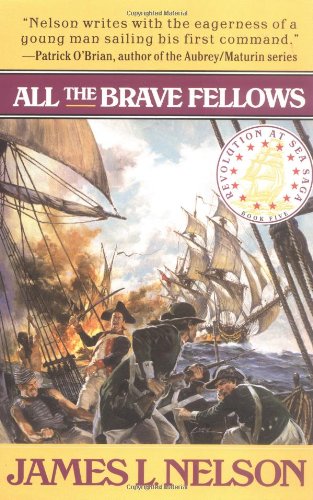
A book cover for All the Brave Fellows (Revolution at Sea Saga #5); James L. Nelson; Literature & Fiction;